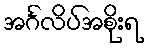
အင်္ဂလိပ်အစိုးရ